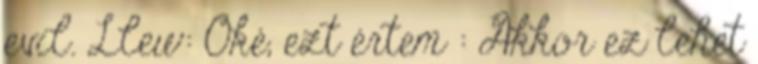
evil. Llew: Oké, ezt értem : Akkor ez lehet